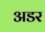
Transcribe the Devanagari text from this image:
अडर